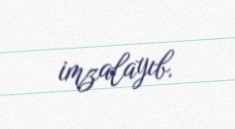
imzalayıb.